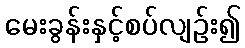
မေးခွန်းနှင့်စပ်လျဉ်း၍